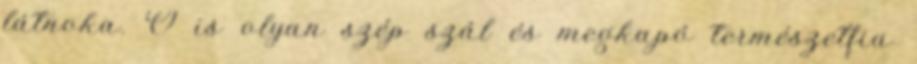
látnoka. Ő is olyan szép szál és megkapó természetfia